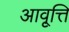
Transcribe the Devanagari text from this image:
आवृ्त्ति